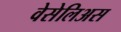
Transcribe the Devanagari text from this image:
वेसेलिअस